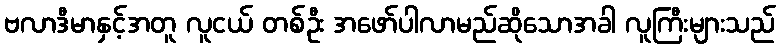
ဗလာဒီမာနှင့်အတူ လူငယ် တစ်ဦး အဖော်ပါလာမည်ဆိုသောအခါ လူကြီးများသည်